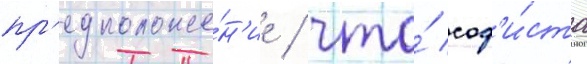
пр'едположе́н'ие / что́ соф'и́ста